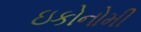
ઇકોનોમી